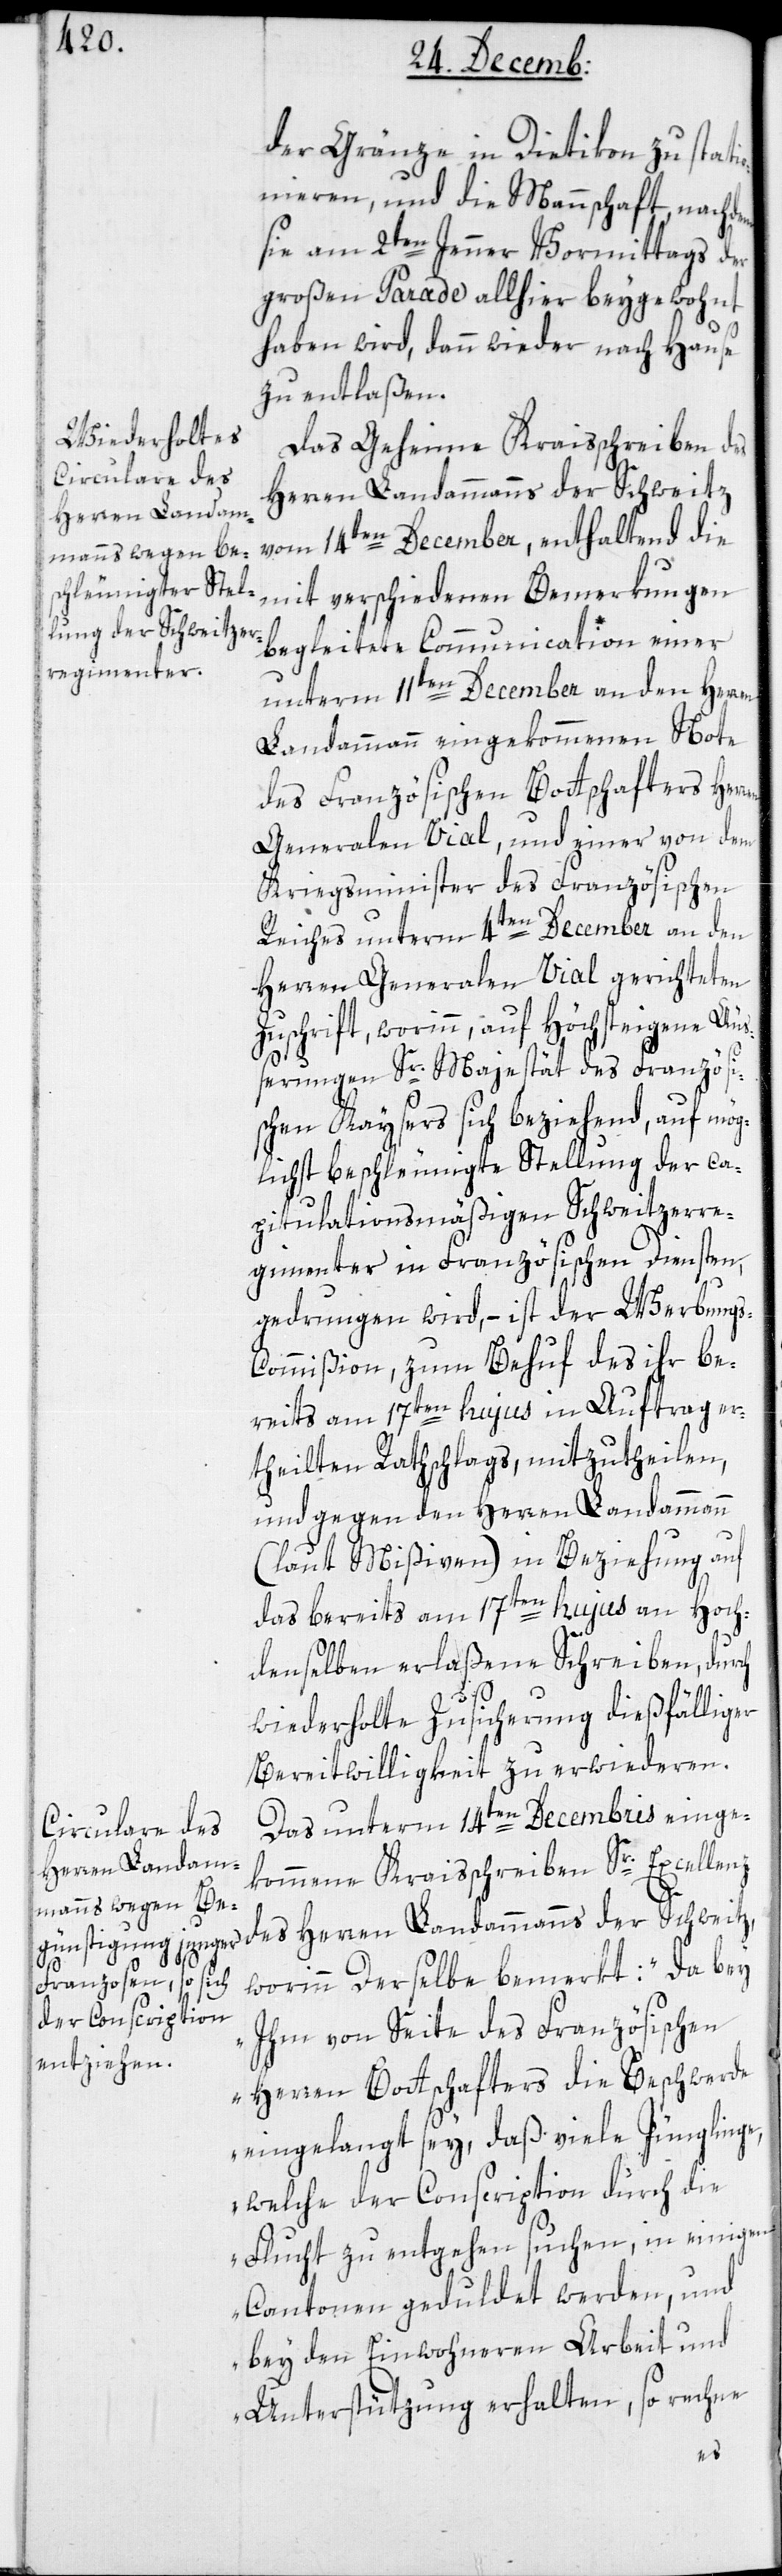
der Gränze in Dietikon zu stati¬
onieren, und die Mannschaft, nachdem
sie am 2ten Jenner Vormittags der
großen Parade allhier beygewohnt
haben wird, dann wieder nach Hause
zu entlaßen.
Das geheime Kraisschreiben des
Herren Landammanns der Schweitz,
vom 14ten December, enthaltend die
mit verschiedenen Bemerkungen
begleitete Communication einer
unterm 11ten December an den Herren
Landammann eingekommenen Note
des Französischen Bottschafters Her¬
Generalen Vial, und einer von dem
Kriegsminister des Französischen
Reiches unterm 4ten December an den
Herren Generalen Vial gerichteten
Zuschrift, worinn, auf Höchsteigene Äuß¬
erungen Sr. Majestät des Französi¬
schen Kaysers sich beziehend, auf mög¬
lichst beschleunigte Stellung der ca¬
pitulationsmäßigen Schweitzerre¬
gimenter in Französischen Diensten,
gedrungen wird, – ist der Werbungs¬
commißion, zum Behuf des ihr be¬
reits am 17ten hujus in Auftrag er¬
theilten Ratschlags, mitzutheilen,
und gegen den Herren Landammann
(laut Mißiven) in Beziehung auf
das bereits am 17ten hujus an Hoch¬
denselben erlaßene Schreiben, durch
wiederholte Zusicherung dießfälliger
Bereitwilligkeit zu erwideren.
Das unterm 14ten Decembris einge¬
kommene Kraisschreiben Sr. Excellenz
worinn derselbe bemerkt: „Da bey
ihm von Seite des Französischen
Herren Bottschafters die Beschwerde
eingelangt sey, daß viele Jünglinge,
welche der Conscription durch die
Flucht zu entgehen suchen, in einigen
Cantonen geduldet werden, und
bey den Einwohneren Arbeit und
Unterstützung erhalten, so rechne
des